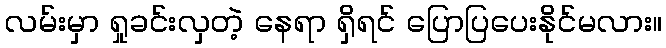
လမ်းမှာ ရှုခင်းလှတဲ့ နေရာ ရှိရင် ပြောပြပေးနိုင်မလား။